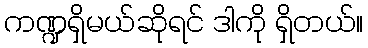
ကဏ္ဍရှိမယ်ဆိုရင် ဒါကို ရှိတယ်။